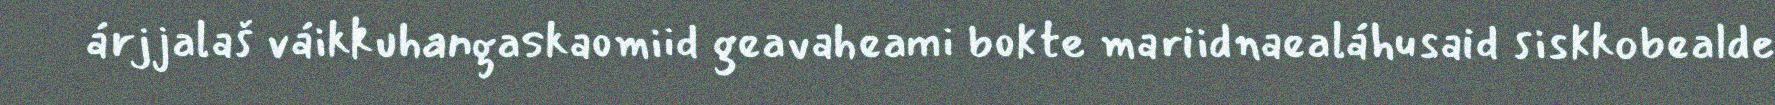
árjjalaš váikkuhangaskaomiid geavaheami bokte mariidnaealáhusaid siskkobealde